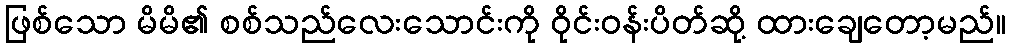
ဖြစ်သော မိမိ၏ စစ်သည်လေးသောင်းကို ဝိုင်းဝန်းပိတ်ဆို့ ထားချေတော့မည်။